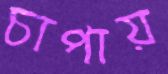
চাপায়